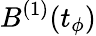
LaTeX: B^{(1)}(t_{\phi})